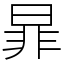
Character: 暃